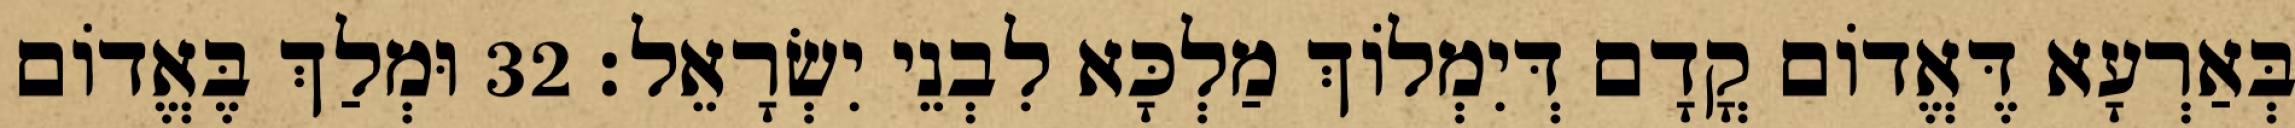
בְּאַרְעָא דֶּאֱדוֹם קֳדָם דְּיִמְלוֹךְ מַלְכָּא לִבְנֵי יִשְׂרָאֵל׃ 32 וּמְלַךְ בֶּאֱדוֹם